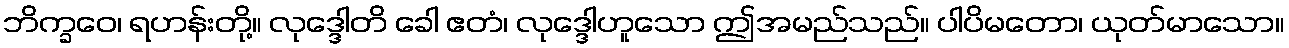
ဘိက္ခဝေ၊ ရဟန်းတို့။ လုဒ္ဒေါတိ ခေါ ဧတံ၊ လုဒ္ဒေါဟူသော ဤအမည်သည်။ ပါပိမတော၊ ယုတ်မာသော။